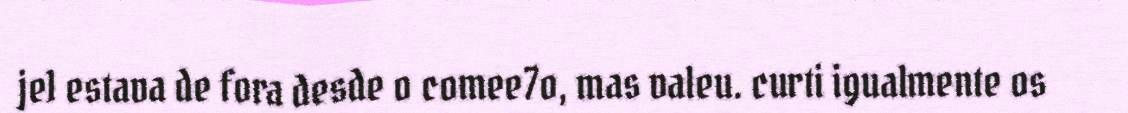
je1 estava de fora desde o comee7o, mas valeu. curti igualmente os